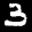
Label: 3